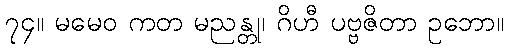
၇၄။ မမေဝ ကတ မညန္တု၊ ဂိဟီ ပဗ္ဗဇိတာ ဥဘော။